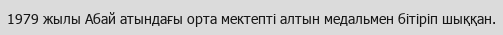
1979 жылы Абай атындағы орта мектепті алтын медальмен бітіріп шыққан.